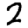
Digit: 2